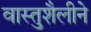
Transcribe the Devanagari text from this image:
वास्तुशैलीने